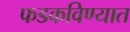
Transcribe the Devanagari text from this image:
फडकविण्यात